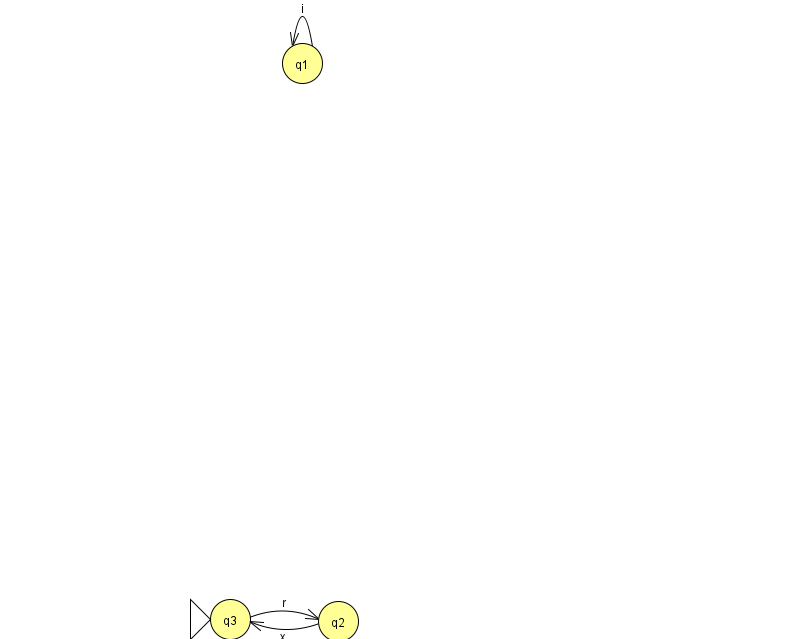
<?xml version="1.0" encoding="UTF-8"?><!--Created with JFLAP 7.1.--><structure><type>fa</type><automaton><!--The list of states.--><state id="1" name="q1"><x>302.0</x><y>50.0</y></state><state id="2" name="q2"><x>338.0</x><y>608.0</y></state><state id="3" name="q3"><x>230.0</x><y>606.0</y><initial/></state><!--The list of transitions.--><transition><from>3</from><to>2</to><read>r</read></transition><transition><from>1</from><to>1</to><read>i</read></transition><transition><from>2</from><to>3</to><read>x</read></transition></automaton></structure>